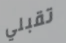
تقبلي